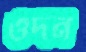
ওদন